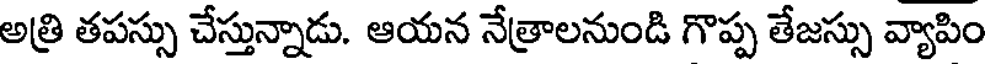
అత్రి తపస్సు చేస్తున్నాడు. ఆయన నేత్రాలనుండి గొప్ప తేజస్సు వ్యాపిం